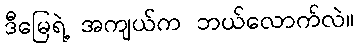
ဒီမြေရဲ့ အကျယ်က ဘယ်လောက်လဲ။